Lunatic asylums Punjab 1895-1910 - 1895-1910
Year: 1895
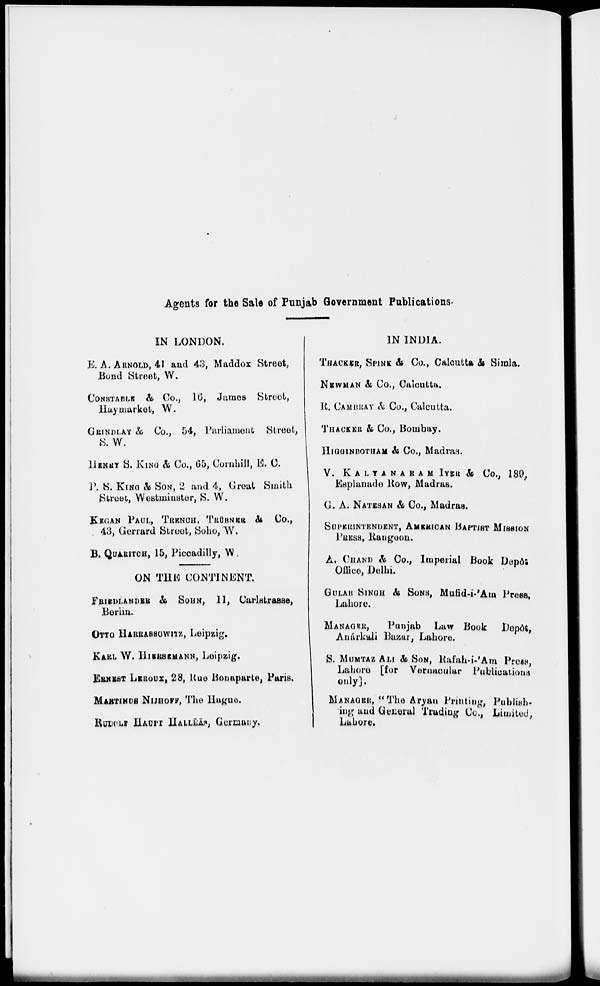
Agents for the Sale of Punjab Government Publications.
IN LONDON.
E. A. ARNOLD, 41 and 43, Maddox Street,
Bond Street, W.
CONSTABLE & Co., 16, James Street,
Haymarket, W.
GRINDLAY & Co., 54, Parliament Street,
S.W.
HENRY S. KING & Co., 65, Cornhill, E. C.
P. S. KING & SON, 2 and 4, Great Smith
Street, Westminster, S. W.
KEGAN PAUL, TRENCH, TRÜRNER &
Co.,
43, Gerrard Street, Soho, W.
B. QUARITCH, 15, Piccadilly, W.
ON THE CONTINENT.
FRIEDLANDER & SOHN, 11, Carlstrasse,
Berlin.
OTTO HARRASSOWITZ, Leipzig.
KARL W. HISRSEMANN, Leipzig.
ERNMST LEROUX, 28, Rue Bonaparte, Paris.
MABTINUS NIJHOFF, The Hague.
RUDOLT HAUPT HALLEAS, Germany.
IN INDIA.
THACKER, SPINK & Co., Calcutta & Simla.
NEWMAN & Co., Calcutta.
R. CAMBRAY & Co., Calcutta.
THACKER & Co., Bombay.
HIGGINBOTHAM & Co., Madras.
V.
KALYANARAM
IYER
& Co., 189,
Esplanade Row, Madras.
G. A. NATESAN & Co., Madras.
SUPERINTENDENT, AMERICAN BAPTIST MISSION
PRESS, Rangoon.
A. CHAND & Co., Book Depôl
Office, Delhi.
GULAB SINGH & SONS, Mufid-i-'Am Press,
Lahore.
MANAGER ,
Punjab Law Book Depôt
Anárkali Bazar, Lahore.
S. MUMTAZ ALI & SON, Rafah-i-'Am Press,
Lahore [for Vernacular Publications
only].
MANAGER , "The Aryan Printing, Publish-
ing and General Trading Co* Limited,
Lahore.